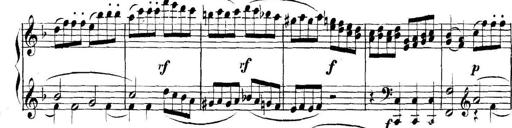
Title: Collected Piano Sonatas
Composer: Muzio Clementi